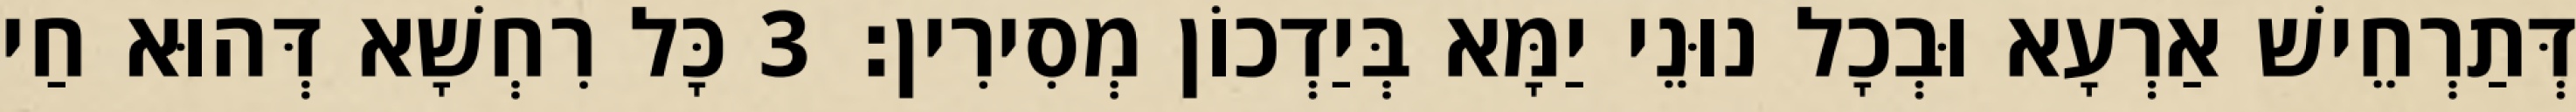
דְּתַרְחֵישׁ אַרְעָא וּבְכָל נוּנֵי יַמָּא בְּיַדְכוֹן מְסִירִין׃ 3 כָּל רִחְשָׁא דְּהוּא חַי